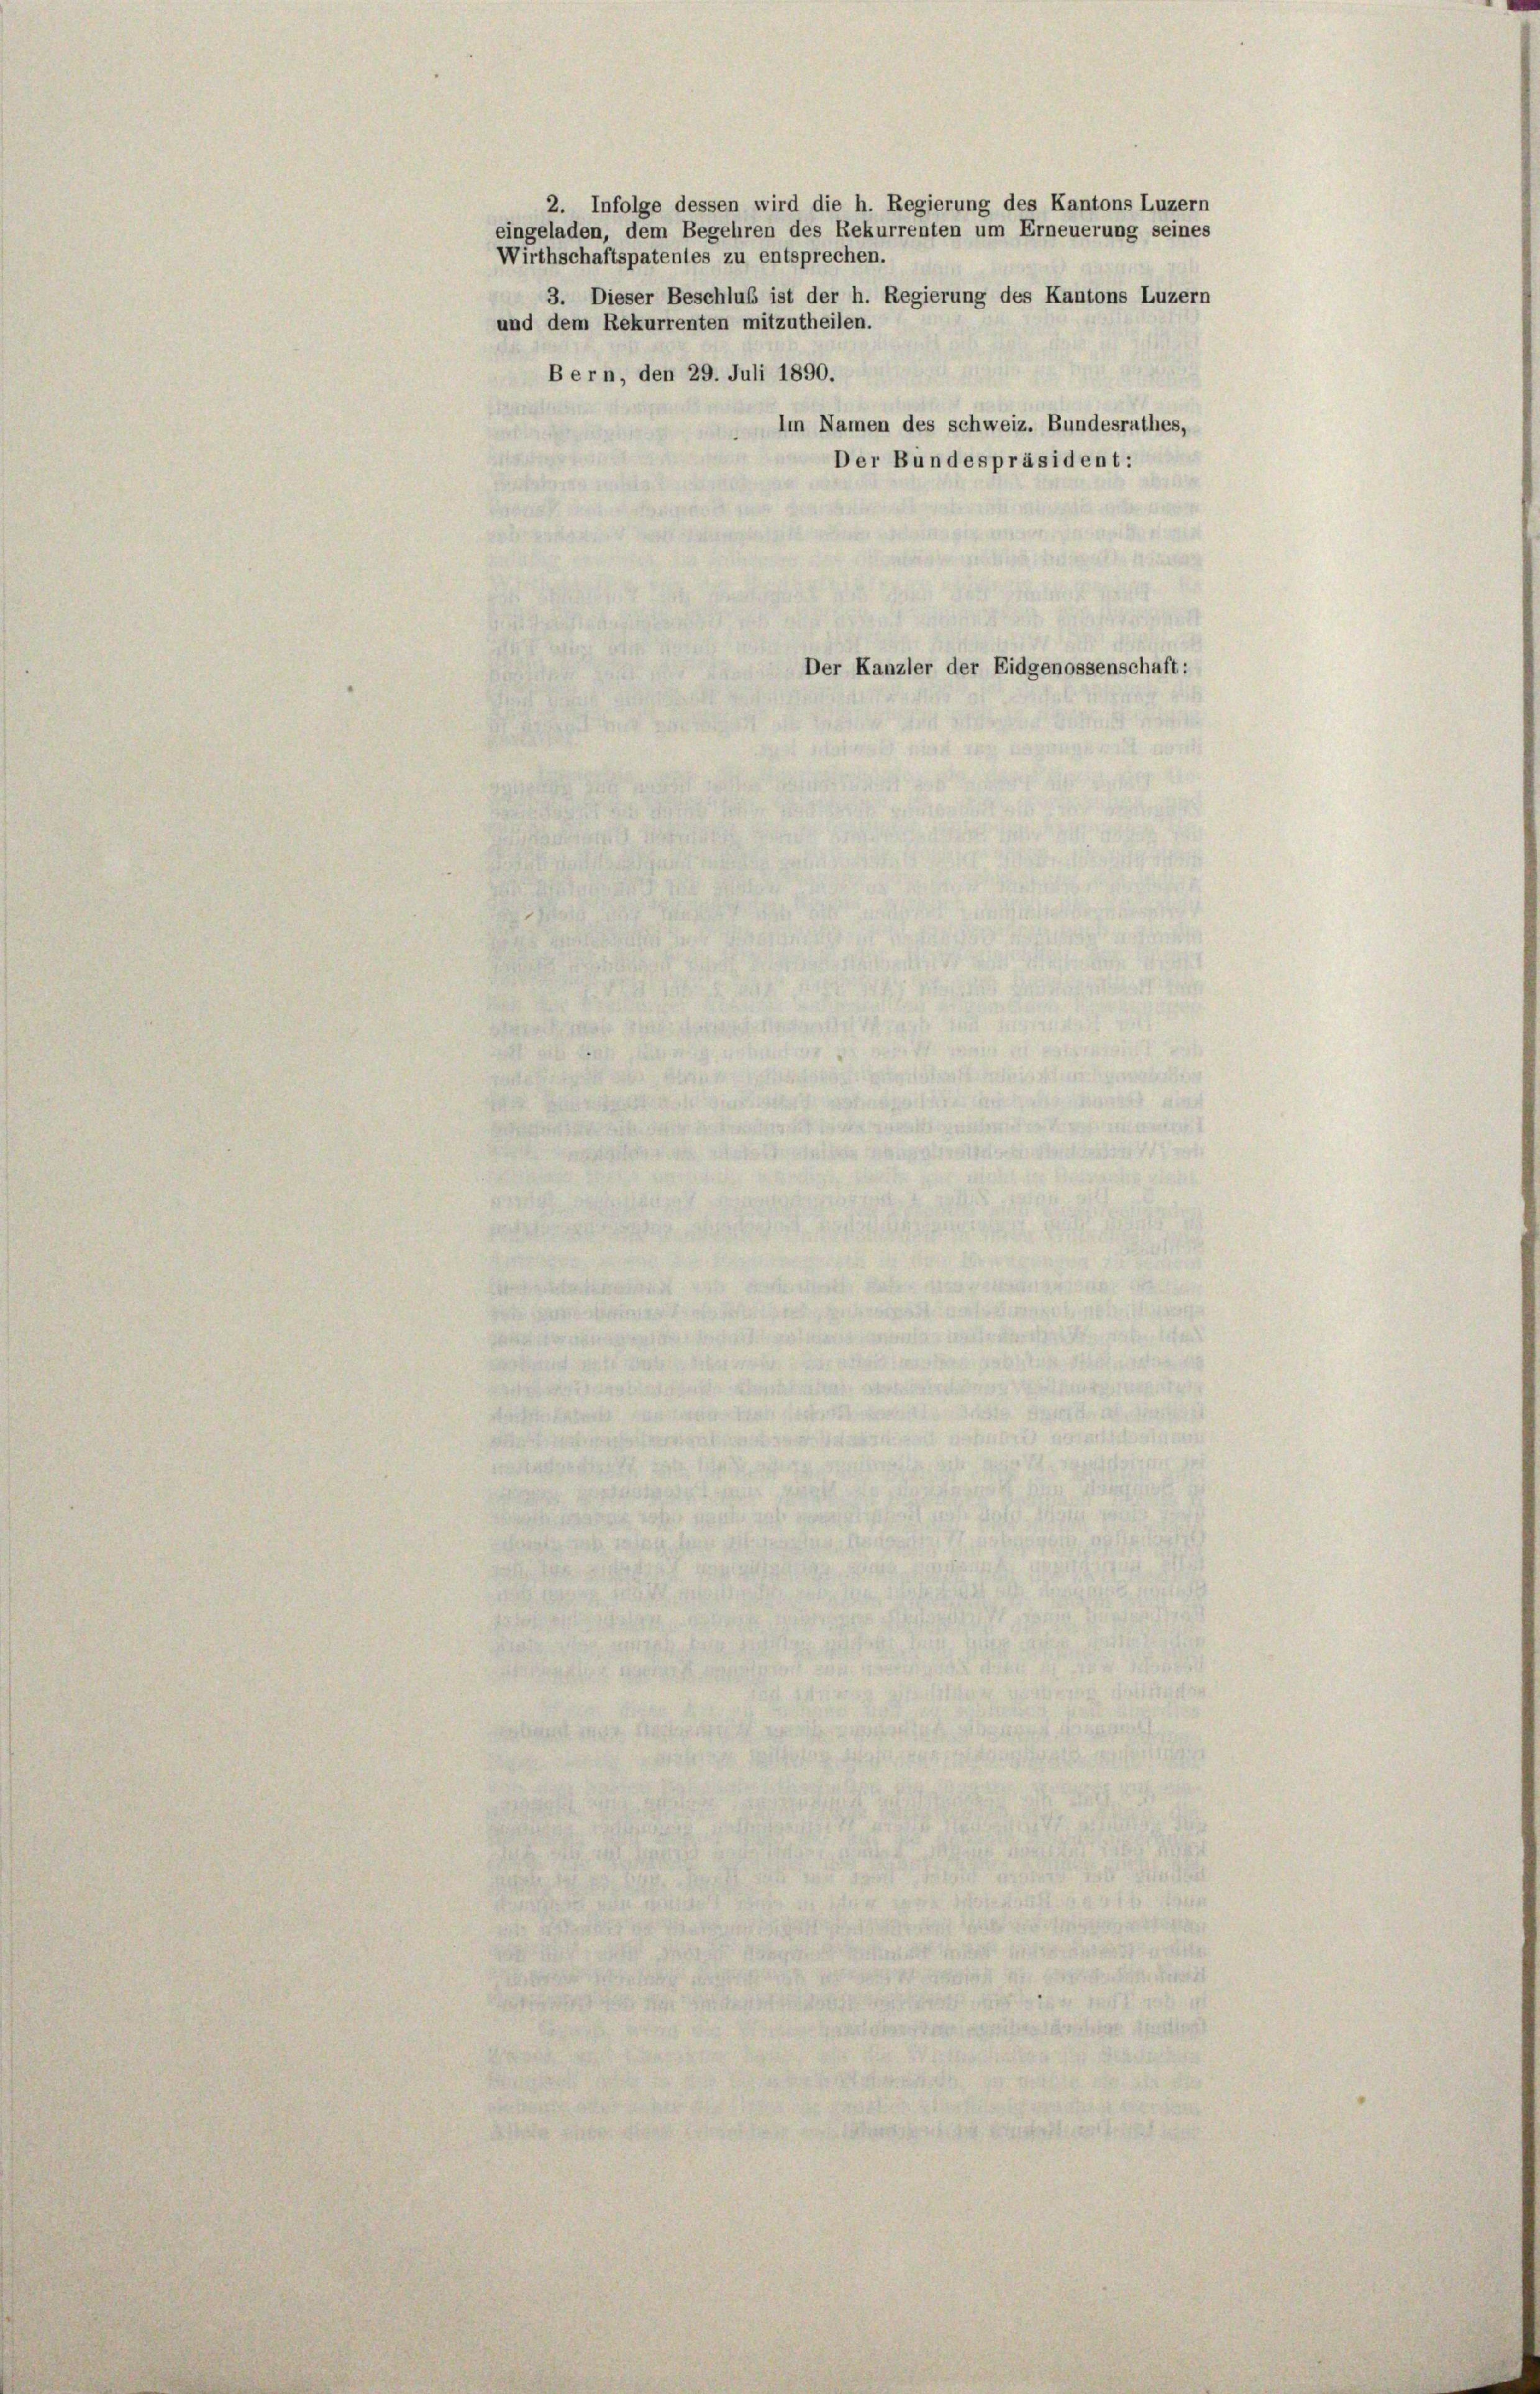
eingeladen, dem Begehren des Rekurrenten um Erneuerung seines
Wirthschaftspatentes zu entsprechen.
3. Dieser Beschluß ist der h. Regierung des Kantons Luzern
und dem Rekurrenten mitzutheilen.
Bern, den 29. Juli 1890.

Der Kanzler der Eidgenossenschaft:

2. Infolge dessen wird die h. Regierung des Kantons Luzern

Im Namen des schweiz. Bundesrathes,
Der Bundespräsident: